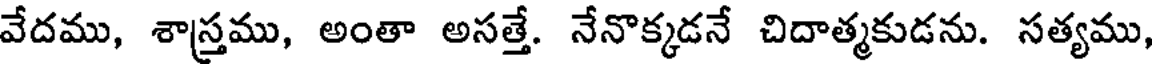
వేదము, శాస్తము, అంతా అసత్తే. నేనొక్కడనే చిదాత్మకుడను. సత్యము,